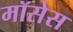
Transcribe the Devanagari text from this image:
मॉसेस